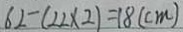
6 2 - ( 2 2 \times 2 ) = 1 8 ( c m )